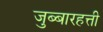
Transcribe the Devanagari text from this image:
जुब्बारहत्ती